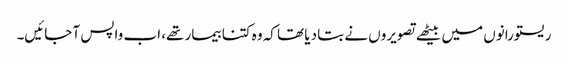
ریستورانوں میں بیٹھے تصویروں نے بتا دیا تھا کہ وہ کتنا بیمار تھے، اب واپس آ جائیں۔